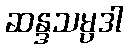
ဆန္ဒသမ္ပဒါ